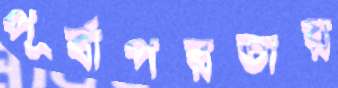
পূর্বাপরতায়